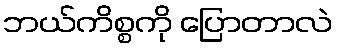
ဘယ်ကိစ္စကို ပြောတာလဲ